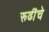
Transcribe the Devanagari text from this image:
रूढींचे